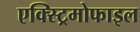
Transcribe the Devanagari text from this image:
एक्स्ट्रिमोफाइल